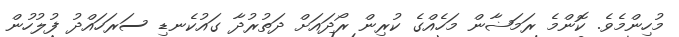
މުހިންމެވެ. ކޮންމެ ރަމަޟާން މަހެއްގެ ކުރިން ރޯދައަށް ދަތުރުދާ ގައުކެނޑި ސަރަހައްދު ފުލުހުން